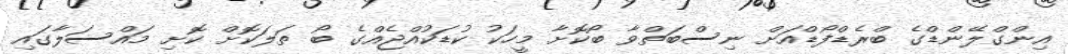
އިންގްލޭންޑްގެ ބްރެޑްފޯޑްއަށް ނިސްބަތްވާ ބޯކޮށާ މީހަކު ކުޑަކުއްޖެއްގެ ބޯ ތަލަކޮށް ކޮށި މައްސަލާގައި